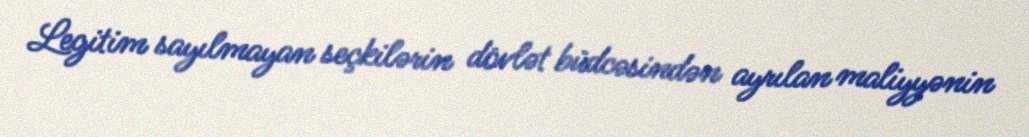
Legitim sayılmayan seçkilərin dövlət büdcəsindən ayrılan maliyyənin